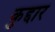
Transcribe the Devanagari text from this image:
कुद्दार